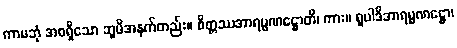
ကာမဘုံ အစရှိသော ဘူမိအနက်တည်း။ စိတ္တဿအာရမ္မဏဋ္ဌောတိ၊ ကား။ ရူပါဒိအာရမ္မဏဋ္ဌော၊